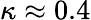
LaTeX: \kappa\approx 0.4